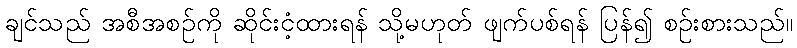
ချင်သည် အစီအစဉ်ကို ဆိုင်းငံ့ထားရန် သို့မဟုတ် ဖျက်ပစ်ရန် ပြန်၍ စဉ်းစားသည်။